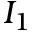
I _ { 1 }